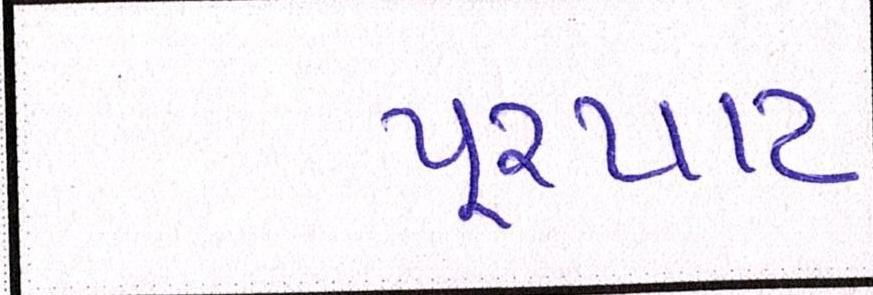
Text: પુરપાટ